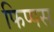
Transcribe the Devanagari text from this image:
फिप्पस